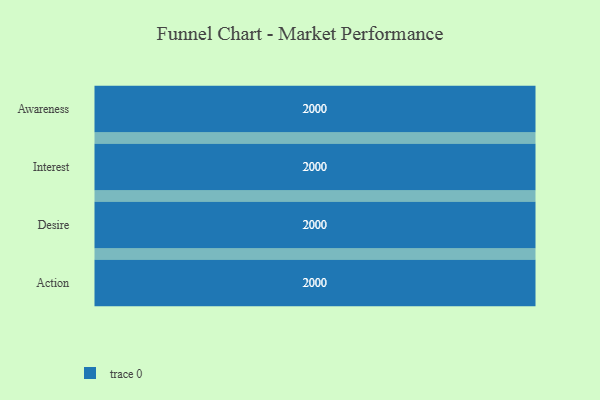
{"axis": {"x": "Stage", "y": "Value"}, "legend": [""], "data": [{"x": "Awareness", "y": 2000, "type": ""}, {"x": "Interest", "y": 2000, "type": ""}, {"x": "Desire", "y": 2000, "type": ""}, {"x": "Action", "y": 2000, "type": ""}]}